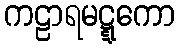
ကဠာရမဋ္ဋကော